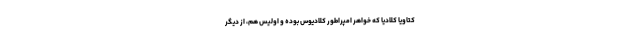
کتاویا کلادیا که خواهر امپراطور کلادیوس بوده و اولیس هم، از دیگر